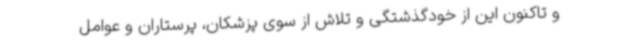
و تاکنون این از خودگذشتگی و تلاش از سوی پزشکان، پرستاران و عوامل